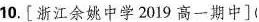
10.[浙江余姚中学2019高一期中]( )